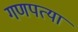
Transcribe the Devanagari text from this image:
गणपत्या